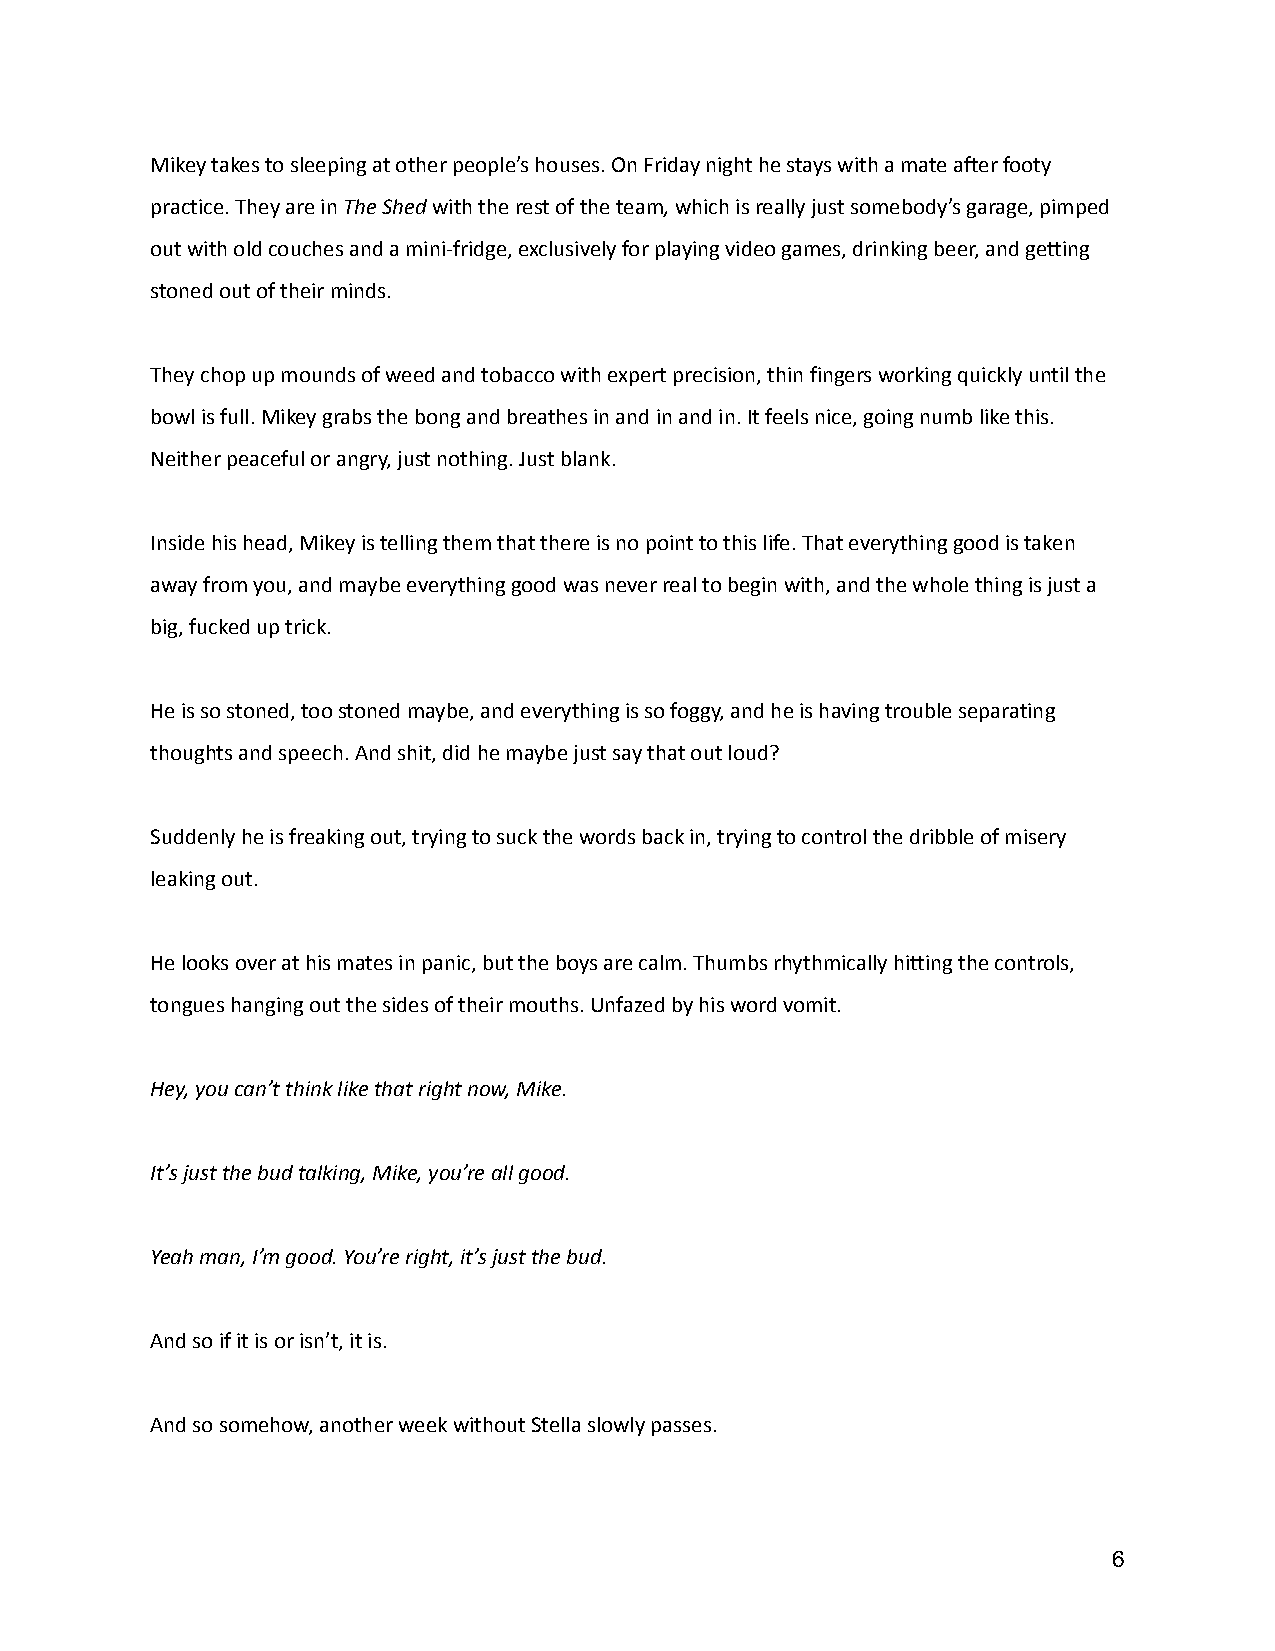
Mikey takes to sleeping at other people’s houses. On Friday night he stays with a mate after footy
 practice. They are inThe Shedwith the rest of theteam,which is really just somebody’s garage, pimped
 out with old couches and a mini-fridge, exclusivelyfor playing video games, drinking beer, and getting
 stoned out of their minds.
 They chop up mounds of weed and tobacco with expertprecision, thin fingers working quickly until the
 bowl is full. Mikey grabs the bong and breathes inand in and in. It feels nice, going numb like this.
 Neither peaceful or angry, just nothing. Just blank.
 Inside his head, Mikey is telling them that thereis no point to this life. That everything good istaken
 away from you, and maybe everything good was neverreal to begin with, and the whole thing is just a
 big, fucked up trick.
 He is so stoned, too stoned maybe, and everythingis so foggy, and he is having trouble separating
 thoughts and speech. And shit, did he maybe just saythat out loud?
 Suddenly he is freaking out, trying to suck the wordsback in, trying to control the dribble of misery
 leaking out.
 He looks over at his mates in panic, but the boysare calm. Thumbs rhythmically hitting the controls,
 tongues hanging out the sides of their mouths. Unfazedby his word vomit.
 Hey, you can’t think like that right now, Mike.
 It’s just the bud talking, Mike, you’re all good.
 Yeah man, I’m good. You’re right, it’s just the bud.
 And so if it is or isn’t, it is.
 And so somehow, another week without Stella slowlypasses.
 6